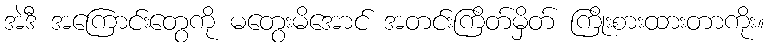
အဲဒီ အကြောင်းတွေကို မတွေးမိအောင် အတင်းကြိတ်မှိတ် ကြိုးစားထားတာကိုး။